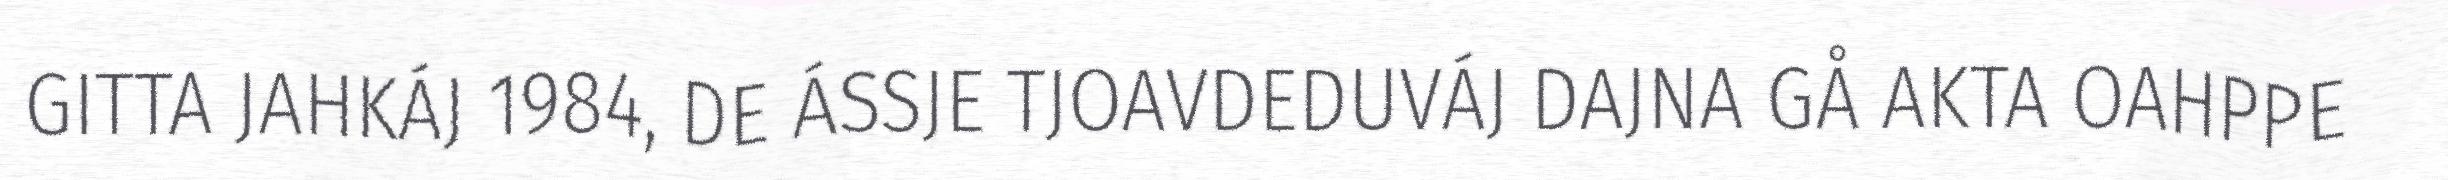
GITTA JAHKÁJ 1984, DE ÁSSJE TJOAVDEDUVÁJ DAJNA GÅ AKTA OAHPPE